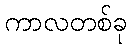
ကာလတစ်ခု